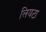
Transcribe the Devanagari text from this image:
लियटा